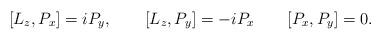
LaTeX: \begin{align*}[L_{z}, P_{x}] = i P_{y}, \qquad [L_{z}, P_{y}] = -iP_{x} \qquad[P_{x}, P_{y}] = 0 .\end{align*}